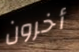
أخرون